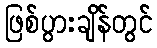
ဖြစ်ပွားချိန်တွင်